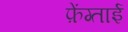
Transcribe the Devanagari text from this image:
फ़ेंग्ताई